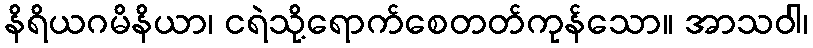
နိရိယဂမိနိယာ၊ ငရဲသို့ရောက်စေတတ်ကုန်သော။ အာသဝါ၊